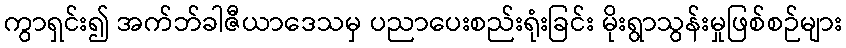
ကွာရှင်း၍ အက်ဘ်ခါဇီယာဒေသမှ ပညာပေးစည်းရုံးခြင်း မိုးရွာသွန်းမှုဖြစ်စဉ်များ